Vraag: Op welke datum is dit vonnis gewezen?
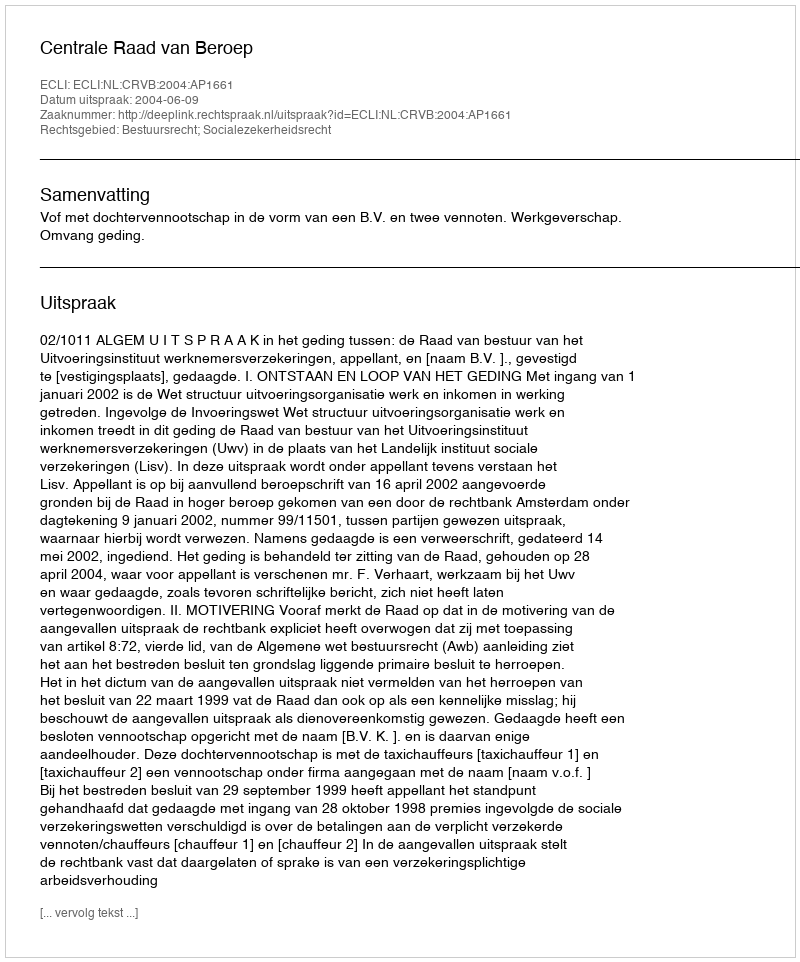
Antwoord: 2004-06-09